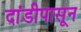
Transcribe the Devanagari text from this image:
दांडीपासून